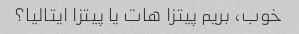
خوب، بریم پیتزا هات یا پیتزا ایتالیا؟